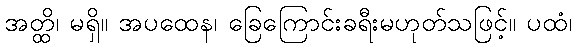
အတ္ထိ၊ မရှိ။ အပထေန၊ ခြေကြောင်းခရီးမဟုတ်သဖြင့်။ ပထံ၊